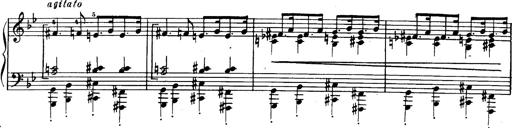
Title: Trauervorspiel und Trauermarsch
Composer: Franz Liszt